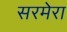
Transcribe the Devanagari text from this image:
सरमेरा